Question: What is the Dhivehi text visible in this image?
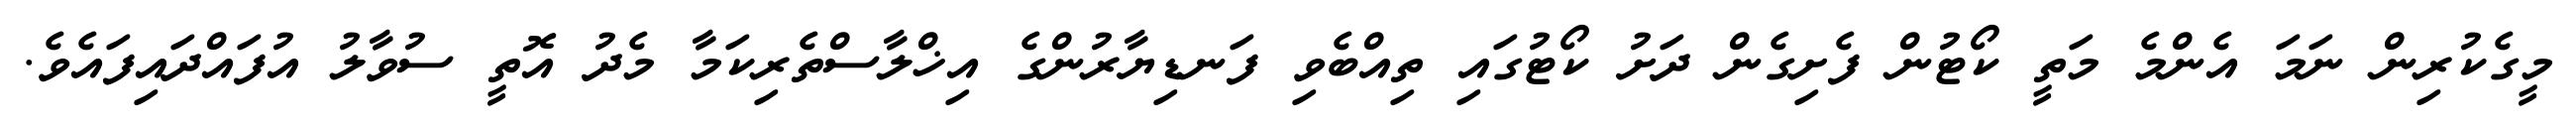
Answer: މީގެކުރިން ނަމަ އެންމެ މަތީ ކޯޓުން ފެށިގެން ދަށު ކޯޓުގައި ތިއްބެވި ފަނޑިޔާރުންގެ އިޚްލާސްތެރިކަމާ މެދު އޮތީ ސުވާލު އުފައްދައިފައެވެ.